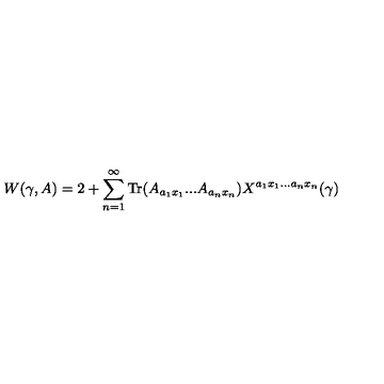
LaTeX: W ( \gamma , A ) = 2 + \sum _ { n = 1 } ^ { \infty } \mathrm { T r } ( A _ { a _ { 1 } x _ { 1 } } . . . A _ { a _ { n } x _ { n } } ) X ^ { a _ { 1 } x _ { 1 } . . . a _ { n } x _ { n } } ( \gamma )